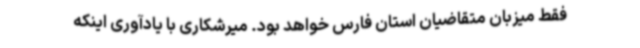
فقط میزبان متقاضیان استان فارس خواهد بود. میرشکاری با یادآوری اینکه